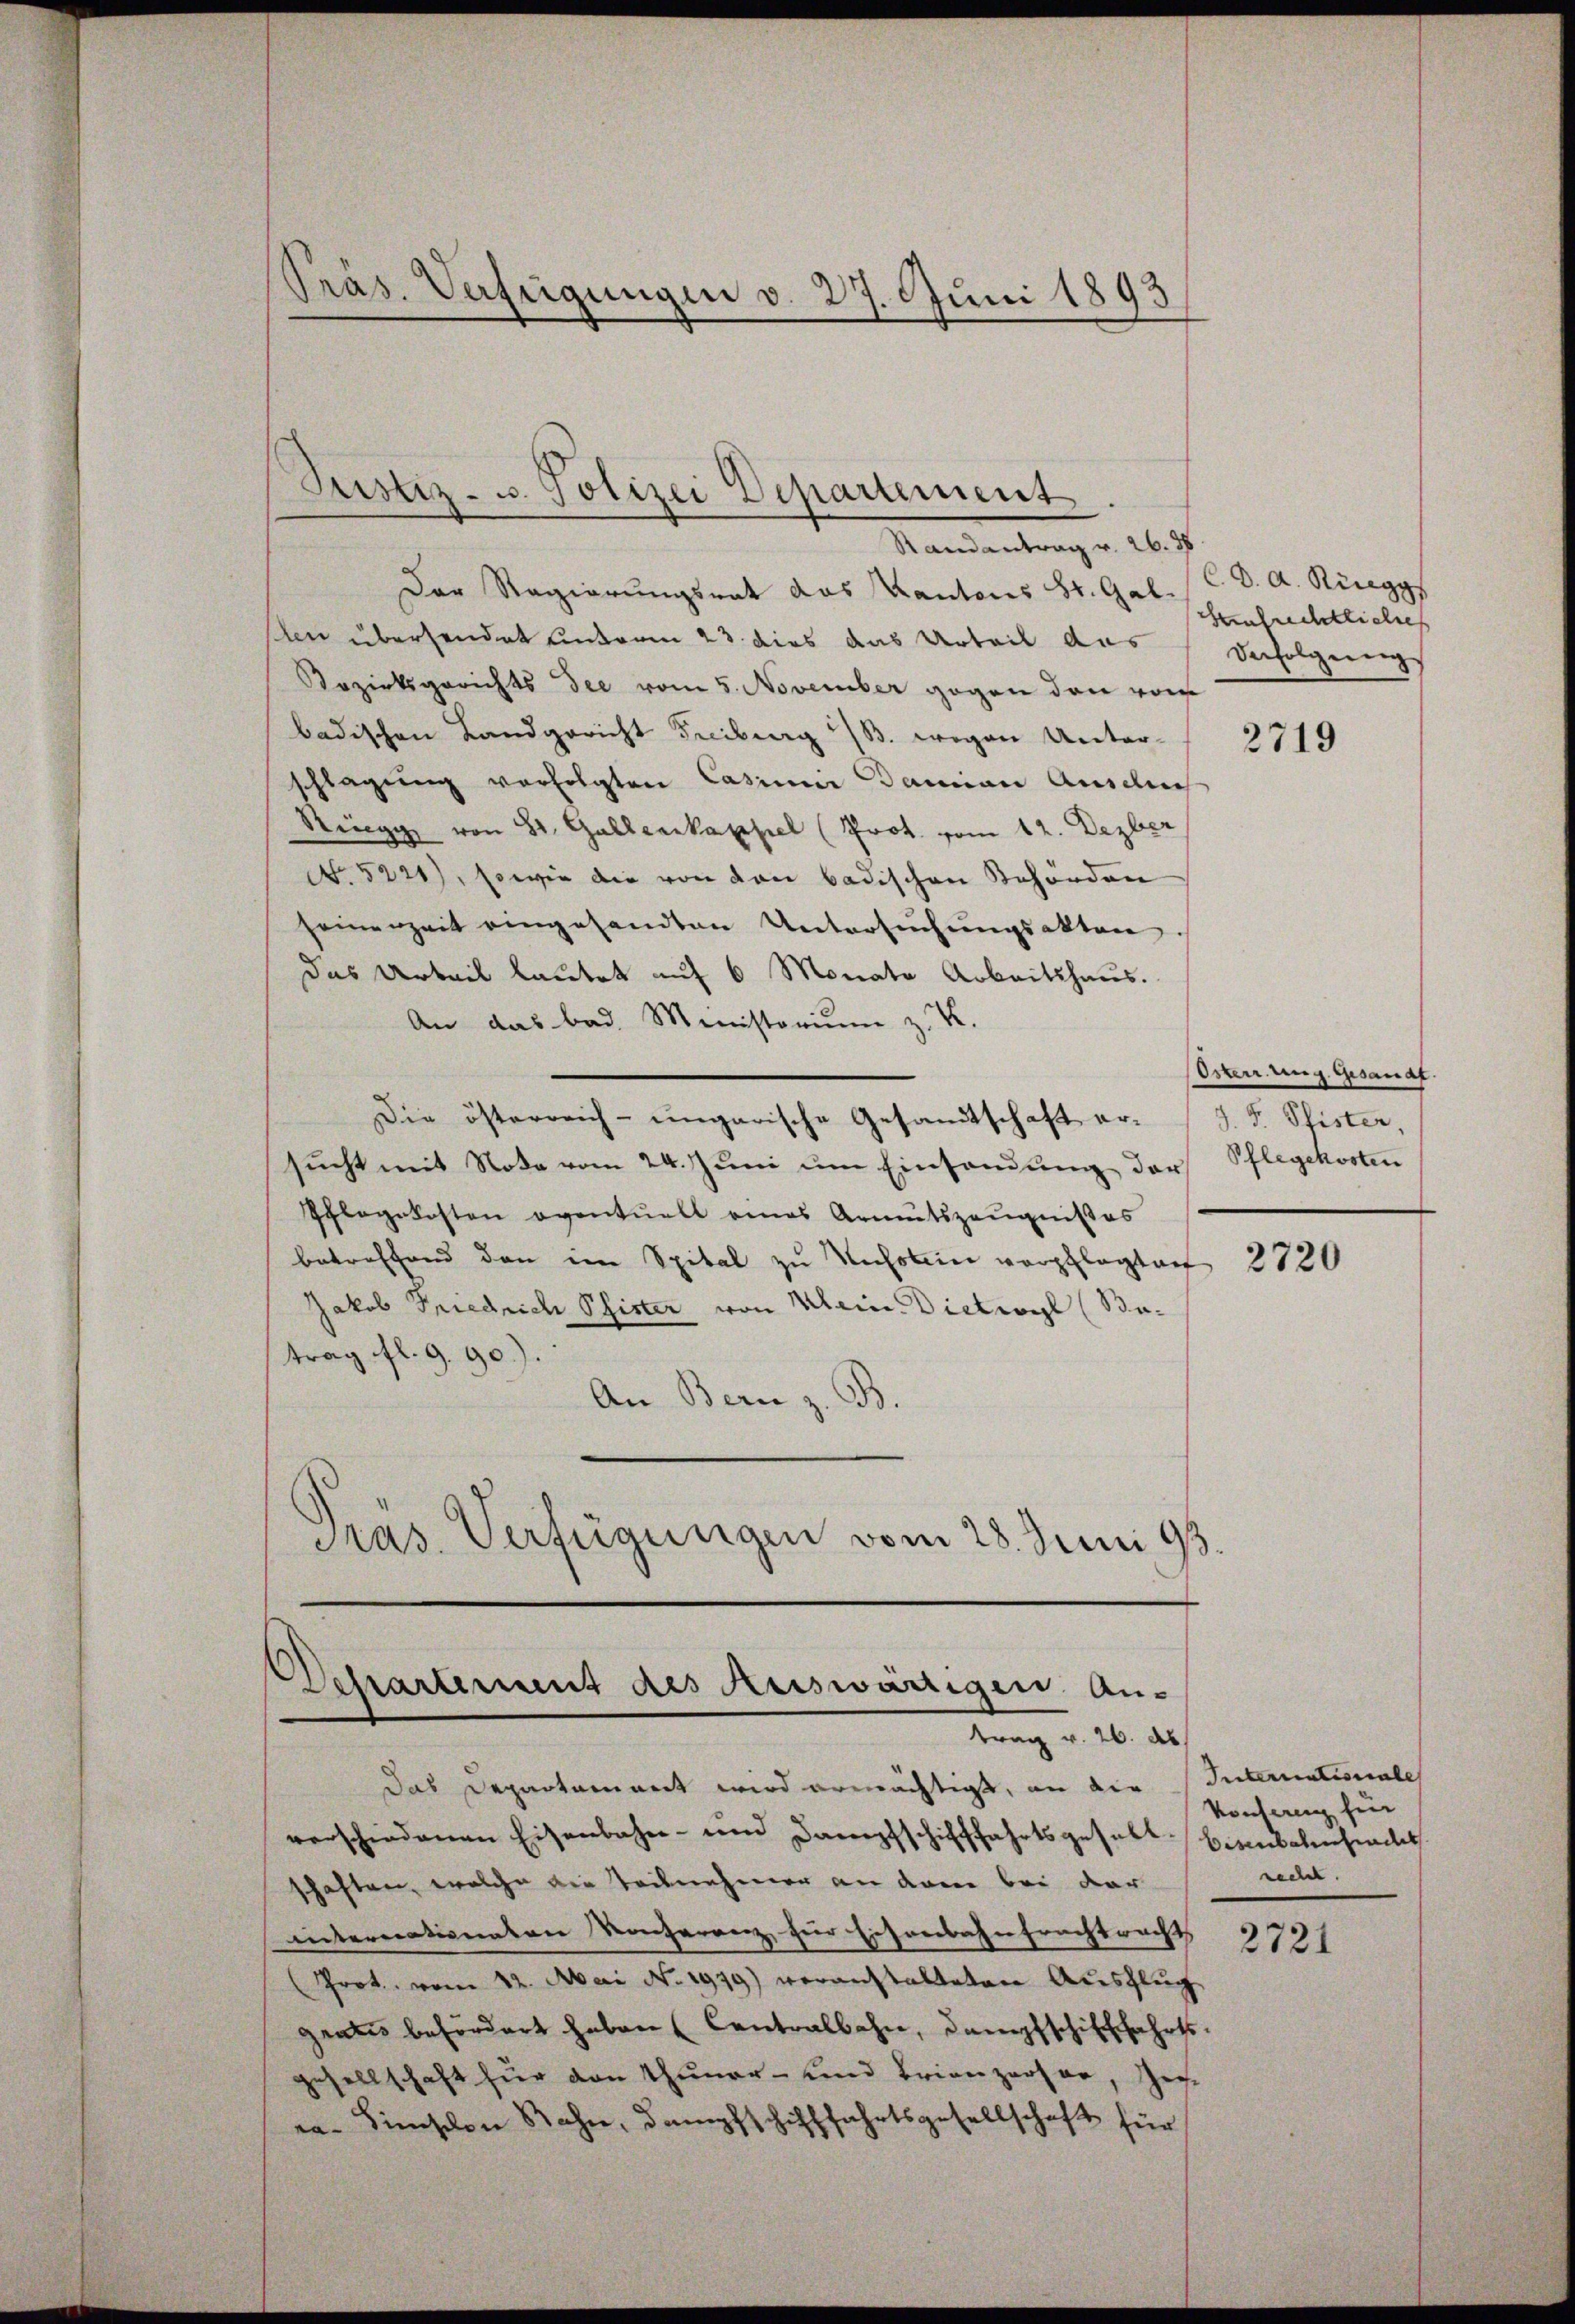
Präs. Verfügungen v. 27. Juni 1893

Justiz- u. Polizei Departement

Dessartement des Auswärtigen An-
trag v. 26. ds

Randantrag v. 26. 38
Der Regierungsrat das Kantons St. Gal. / C d. A. Rüegg
len übersendet unterm 23. dies das Urteil das Verfolgungs
Rozirksgerichts die vom 5. November gegen den von
badischen Landgericht Freiburg 13. Fragen Unter- 2715
schlagung verfolgten Casimi Damian Aussich
Ringg von St. Gallenkappel (Prot. vom 12. Dezber
No. 5221), sowie die von den badischen Behörden
seinerzeit eingesandten Untersuchungsakten
das Urteil lautet auf 6 Monate Arbeitshaus.
An das bad. Ministorium z. K.
Die österreich-ungarische Gesandtschaft er-
sucht mit Note vom 24. Juni um Einsendung der
Schlagekosten eventuell eines Armutszeugnißes
betreffend den im Spital zu Unholen verpflegten 2120
Jakob Friedrich Pfister von Mein Dietwyl (Batrag fl. 9. 90).
An Bern z. B.
Präs. Verfügungen vom 28. Juni 193.

Das Departament wird ermächtigt, an die Internationale
verschiedenen Eisenbahn- und Dampfschifffahrtsgesalt Bisenbahnsit
schaften, welche die Teilnehmer an dem bei der
internationaten Konferenz für Eisenbahnfrachtrachts
Prot. vom 12. Mai No 1919) veranstalteten Ausflug
grates befördert haben (Contralbahn, dampfschifffahrts-
gesellschaft für von Thuner- und Trienzarser, Zerra-Simschon Bahn, Dampfschifffahrtsgesellschaft für

Seufrechtliches

Osten ung. Gesandt.
J. F. Pfister,
Pflegekosten

Konsang für
redet.

2721